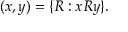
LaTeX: ( x , y ) = \{ R : x R y \} .